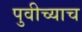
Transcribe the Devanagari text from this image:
पुवीच्याच